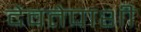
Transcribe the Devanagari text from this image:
देवतेपाशी